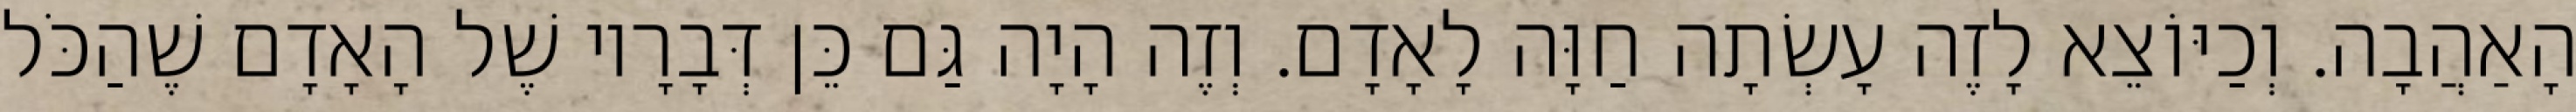
הָאַהֲבָה. וְכַיּוֹצֵא לָזֶה עָשְׂתָה חַוָּה לָאָדָם. וְזֶה הָיָה גַּם כֵּן דְּבָרָיו שֶׁל הָאָדָם שֶׁהַכֹּל